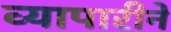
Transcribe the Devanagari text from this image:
व्यापारीने